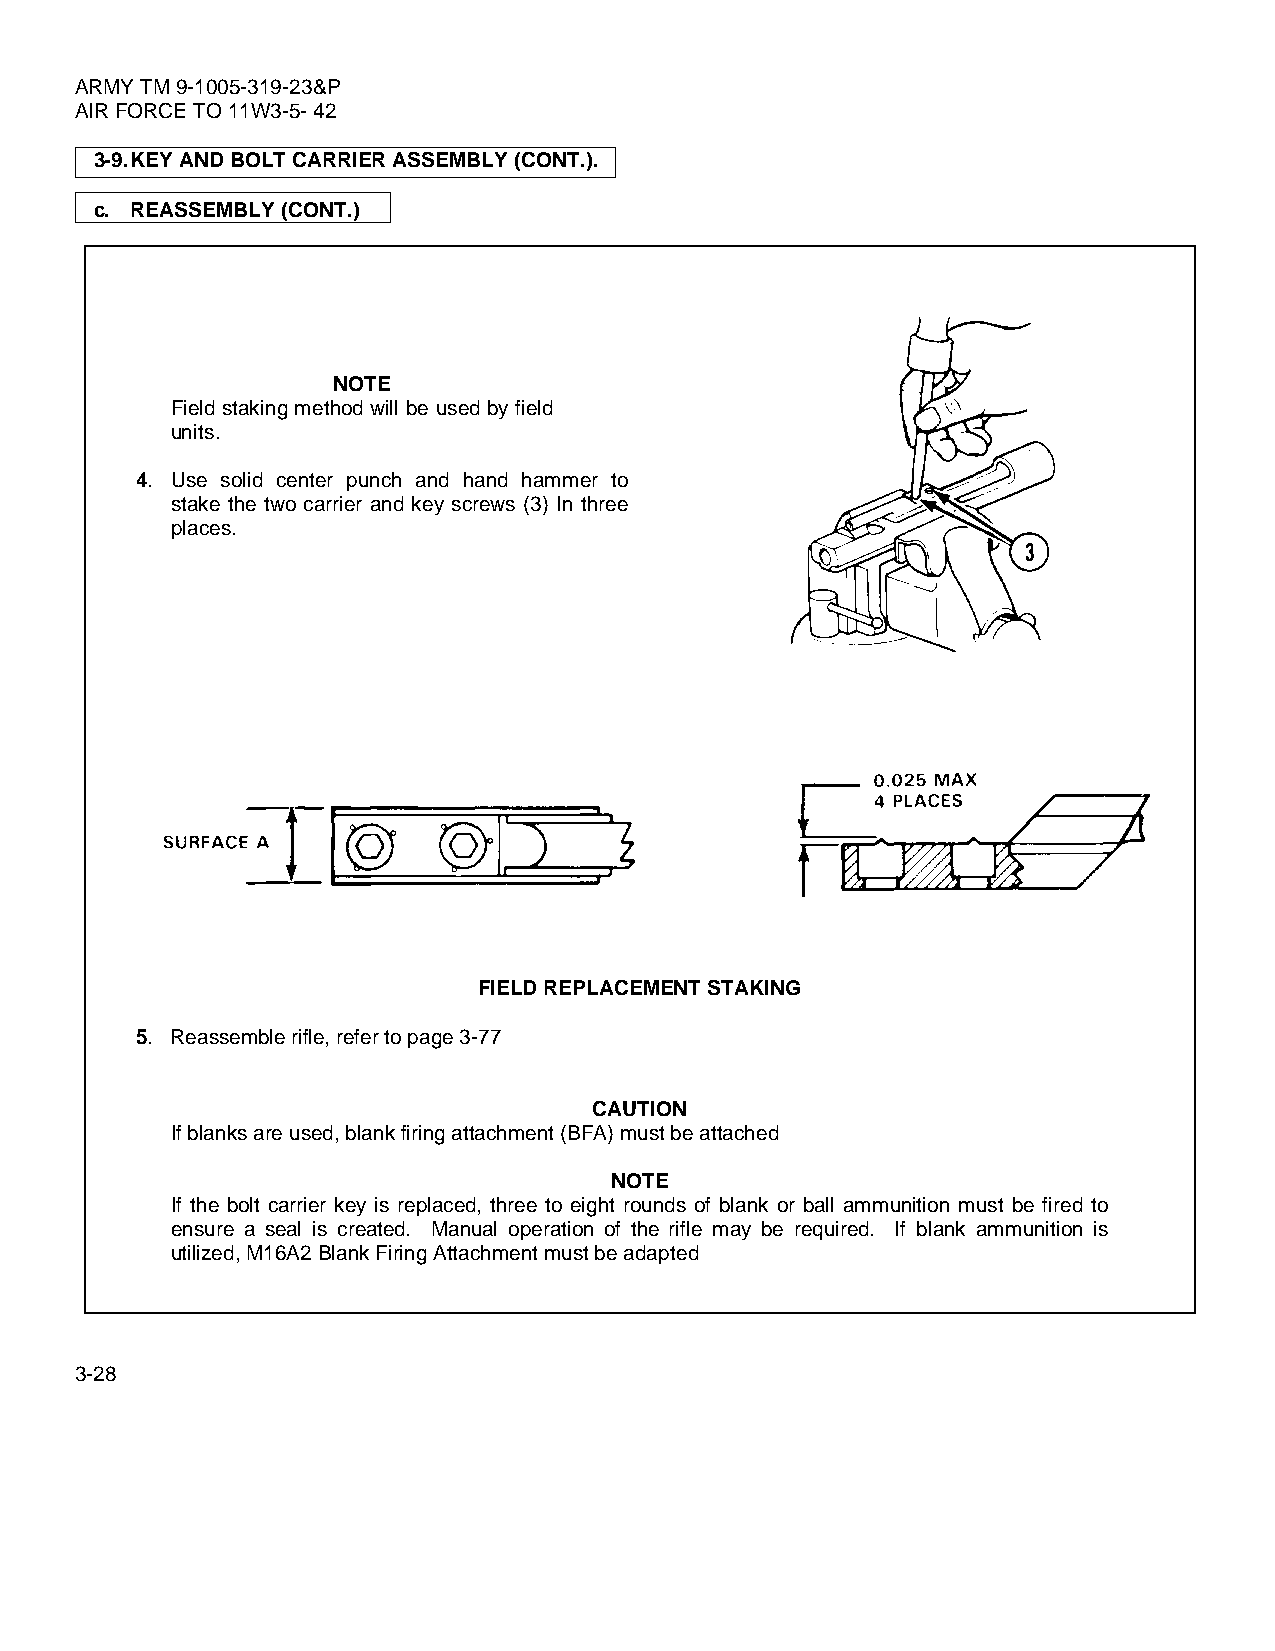
ARMY TM 9-1005-319-23&P
 AIR FORCE TO 11W3-5- 42
 3-9.KEY AND BOLT CARRIER ASSEMBLY (CONT.).
 c. REASSEMBLY (CONT.)
 NOTE
 Field staking method will be used by field
 units.
 4. Use solid center punch and hand hammer to
 stake the two carrier and key screws (3) In three
 places.
 FIELD REPLACEMENT STAKING
 5. Reassemble rifle, refer to page 3-77
 CAUTION
 If blanks are used, blank firing attachment (BFA) must be attached
 NOTE
 If the bolt carrier key is replaced, three to eight rounds of blank or ball ammunition must be fired to
 ensure a seal is created. Manual operation of the rifle may be required. If blank ammunition is
 utilized, M16A2 Blank Firing Attachment must be adapted
 3-28